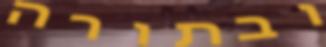
ובתורה